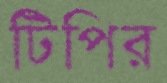
টিপির